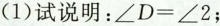
(1)试说明：$$\angle D=\angle 2$$；